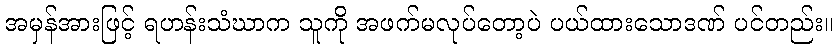
အမှန်အားဖြင့် ရဟန်းသံဃာက သူကို အဖက်မလုပ်တော့ပဲ ပယ်ထားသောဒဏ် ပင်တည်း။